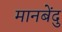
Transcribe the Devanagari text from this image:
मानबेंदु